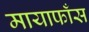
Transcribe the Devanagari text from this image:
मायाफाँस